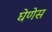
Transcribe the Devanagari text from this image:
घेणेस